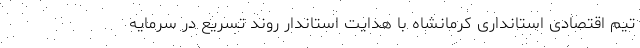
تیم اقتصادی استانداری کرمانشاه با هدایت استاندار روند تسریع در سرمایه